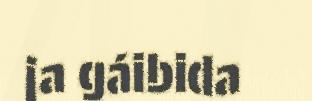
ja gáibida